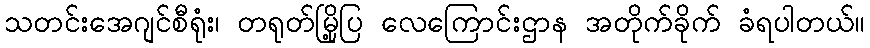
သတင်းအေဂျင်စီရုံး၊ တရုတ်မြို့ပြ လေကြောင်းဌာန အတိုက်ခိုက် ခံရပါတယ်။